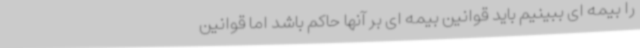
را بیمه ای ببینیم باید قوانین بیمه ای بر آنها حاکم باشد اما قوانین